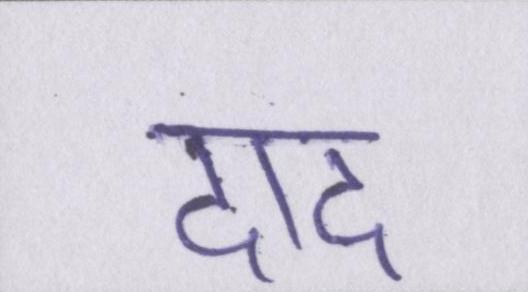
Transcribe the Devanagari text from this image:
दाद